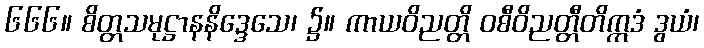
၆၆၆။ စိတ္တသမုဋ္ဌာနနိဒ္ဒေသေ၊ ၌။ ကာယဝိညတ္တိ ဝစီဝိညတ္တီတိဣဒံ ဒွယံ၊